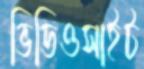
ভিডিওসাইট